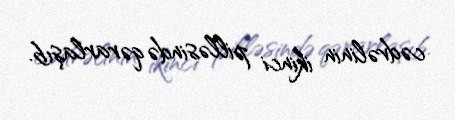
cədvəlinin ikinci pilləsində qərarlaşıb.